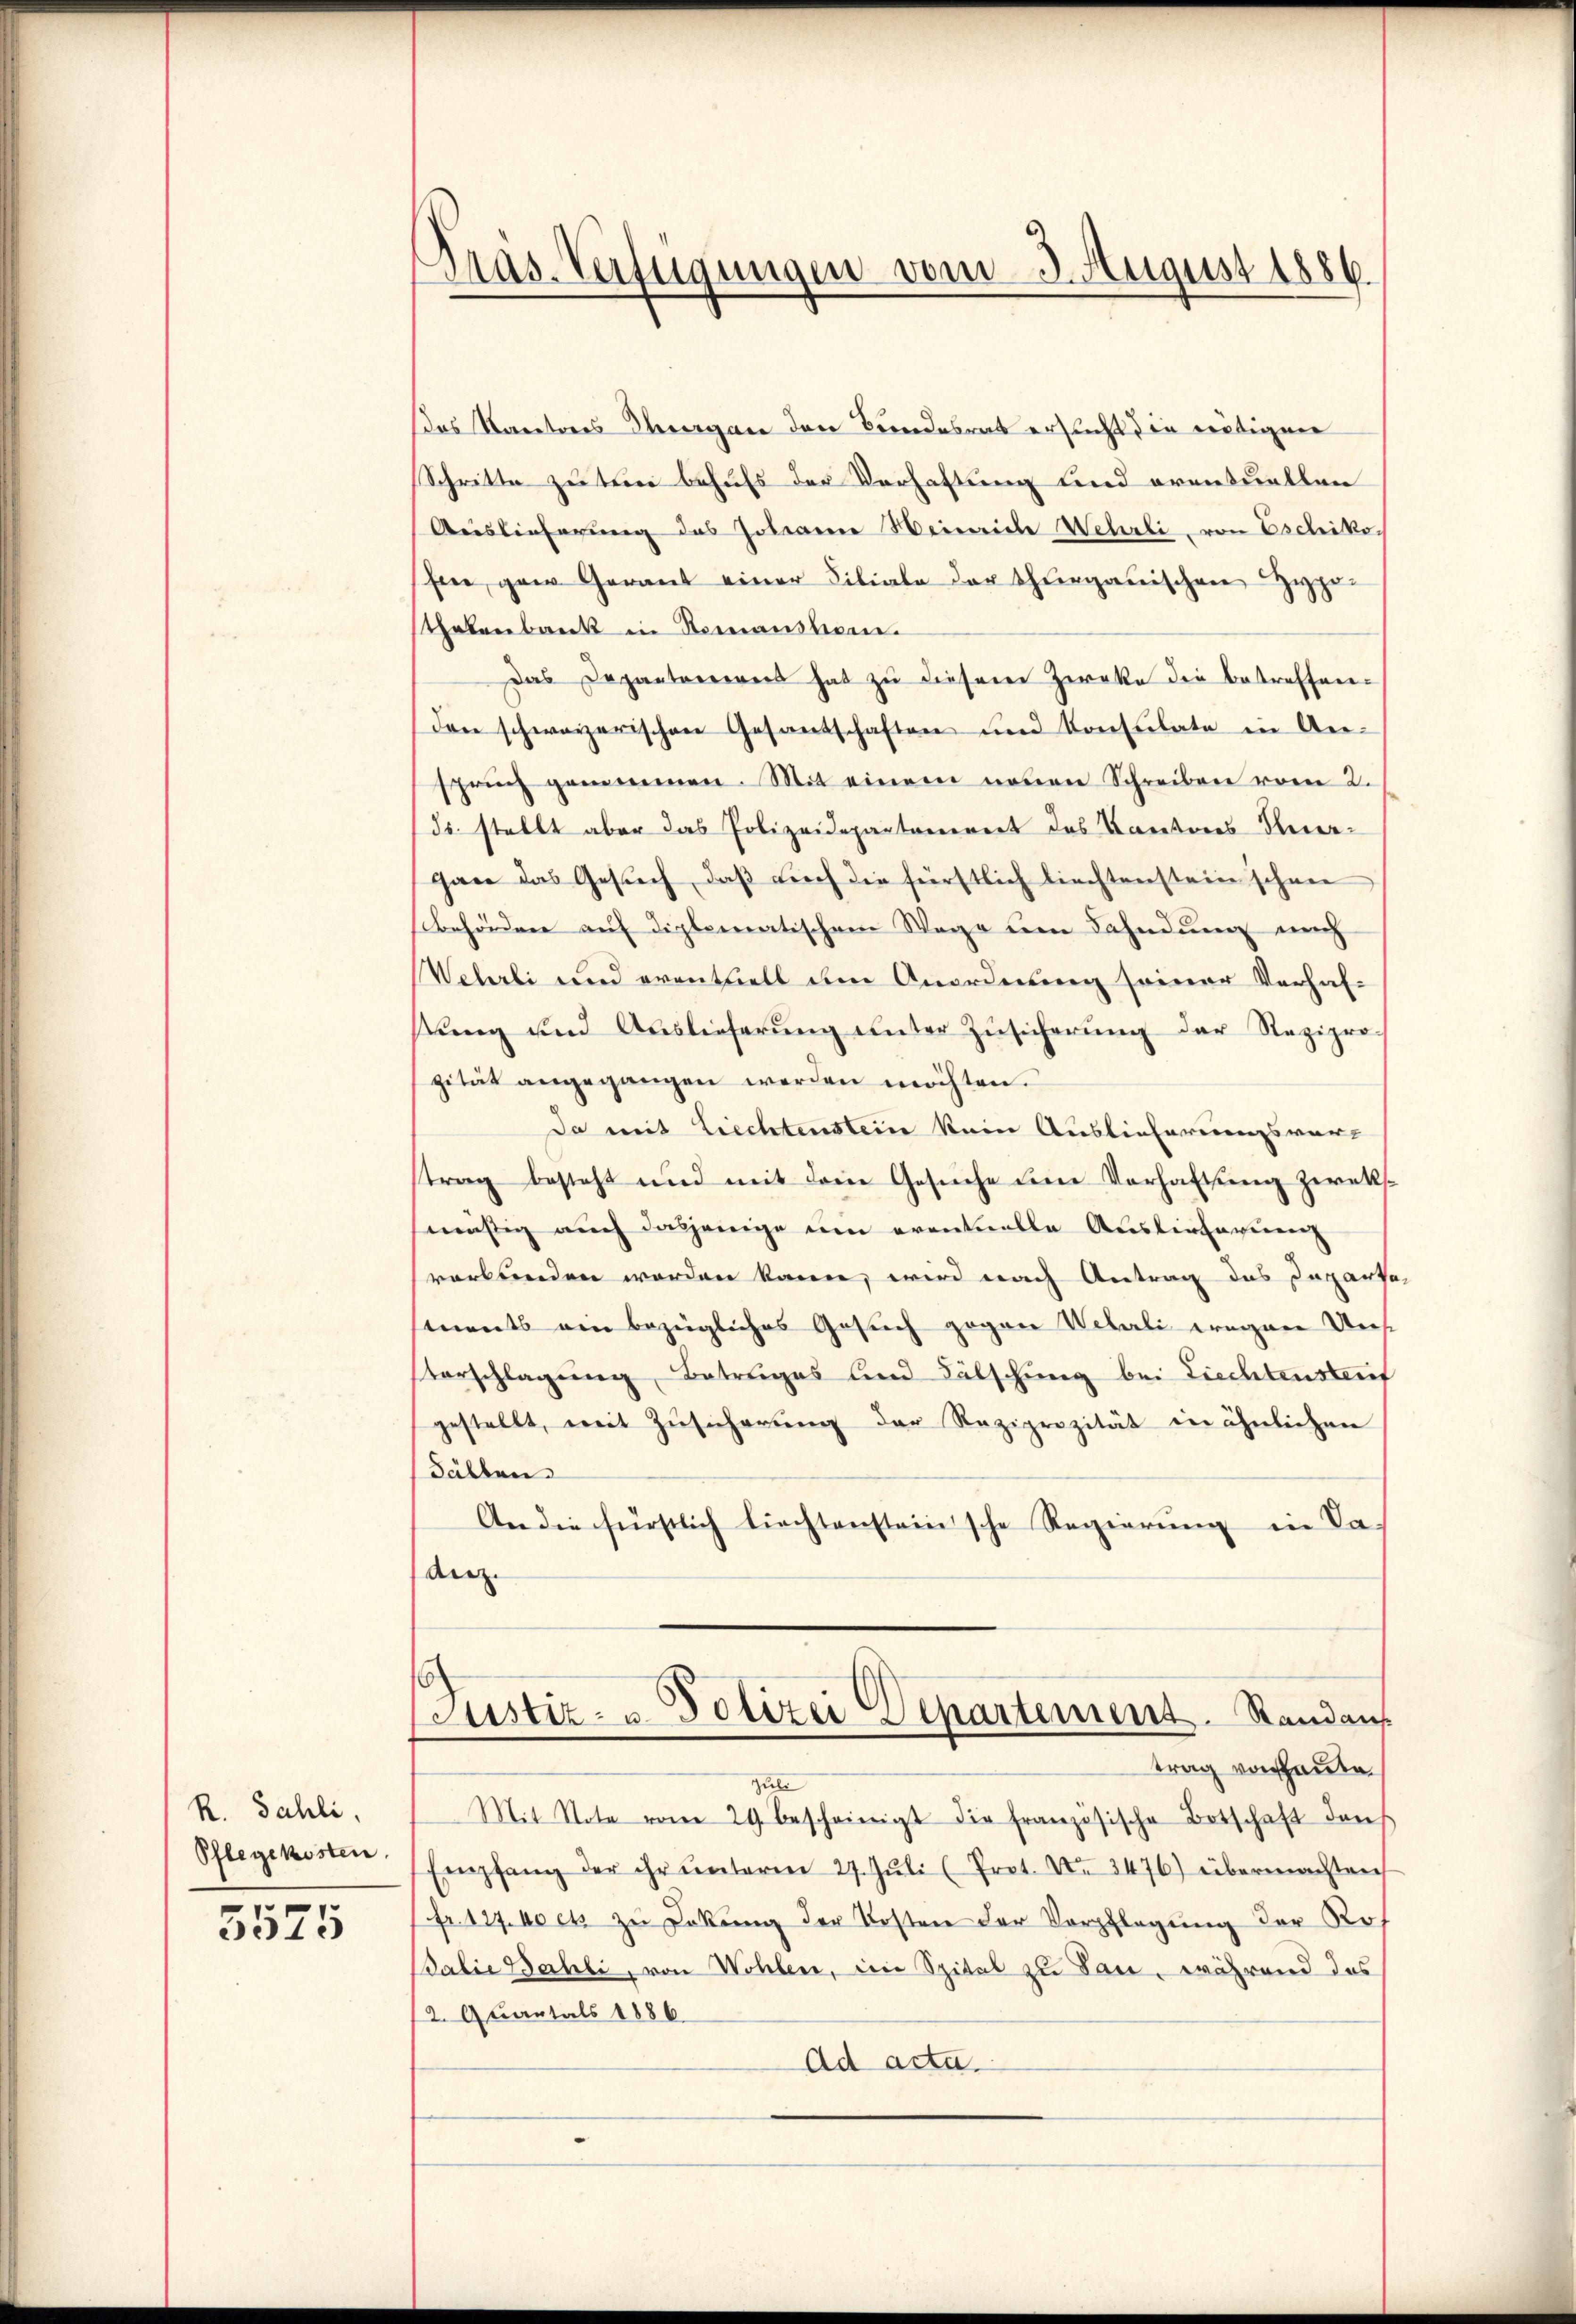
R. Sahli,
Pflegekosten

5525

Pras-Verfügungen vom 3. August 1886.

das Kantones Obergan den Bundesrat ersucht die reitigen
Schritte zu tun behufs der Verhaltung und eventuellen
Auslieferung des Johanne Weinriche Wehrli, von Eschiko
hine gar Garant einer Filiale der Thurgauischen Hypo-
thatenbank in Romanstem.
Das Depantonereis hat zu diesem Zwecke die betreffen¬
Den schweizerischen Gesantschaften und Konsulate in Ansprich genommen. Mit einem neuen Schreiben vom 2.
dr. stellt aber das Polizeidepartanereit des Kantones Anergan das Gesŭch, daβ aŭch die fürstlich liechtenstein schon
Behörden auf diplomatischem Wege um Fahndung nach
Wehrli und eventuell im Anordnung seiner Verhal-
sŭng und Auslieferŭng ŭnter Zŭsicherŭng der Rezipro
zität angegangen werden möchten.
Da mit Liechtenstein kein Auslieferungsvor-
trag besteht und mit dem Gesuche um Vorhaltung zweksmäßig auch dasjenige um erantwolle Auslieferierenz
verbunden worden kann, wird nach Antrag das Departe
sments ein bezügliches Gesuch gegen Wehrli eregnen Uns
Vorschlagung Betrages und Fälschung bei Liechtensteif
gestellt, mit Zŭsicherŭng der Reziprozität in ähnlichen
Fällen
An die fürstlich liechtensteinsche Regierŭng in Da
anz.
(Justiz- u. Polizei Departement. Standans
trag von heute
guli
Mit Note vom 29 bescheinigt die französische Botschaft dens
Empfang der ihr ŭnterm 27. Jŭli (Prot. No 3476) übermachten
Pfr. 127. Noch zŭ Lrkŭng der Kosten der Verpflegung der Ros
Balie Bahli, von Wohlen, im Spital zu San, während das
2 Quartals 1886
Ad acta.